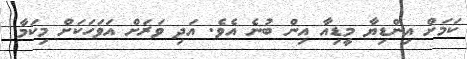
ކަމަށް އިންޑިޔާ މީޑިއާ އިން ބުނެ އެވެ. އަދި ވަރަށް އަވަހަކަށް މިކަމާ